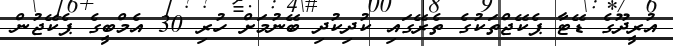
އުރީދޫގެ ޑޭޓާ ޕެކޭޖްތަކުގެ ތެރޭގައި ކުދިކުދި ބޭނުމަށް ހުރި 30 އެމްބީގެ ޕެކޭޖުން